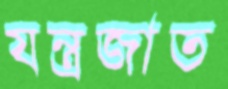
যন্ত্রজাত